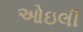
ઓઇલી